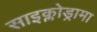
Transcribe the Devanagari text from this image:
साइक्लोड्रामा